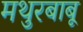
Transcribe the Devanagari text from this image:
मथुरबाबू